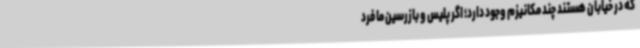
که در خیابان هستند چند مکانیزم وجود دارد؛ اگر پلیس و بازرسین ما فرد